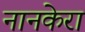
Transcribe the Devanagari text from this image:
नानकेरा